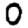
Digit: 0